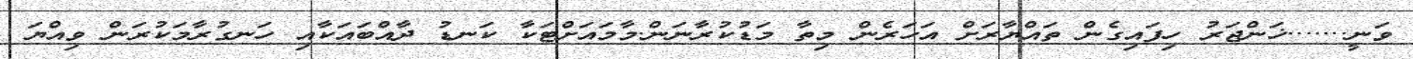
ވަނީ.......ޚަންޖަރު ހިފައިގެން ތައްޔާރަށް އަހަރެން މިތާ މަޑުކުރާނަން.މާމައަށްޓަކާ ކަނޑު ދާއްބައަކާއި ހަނގުރާމަކުރަން ވިއްޔަ